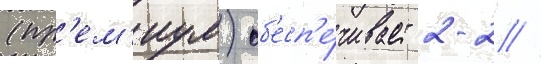
(пр'ем'иум) об'есп'е́чивает 2-2 //